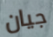
جيان